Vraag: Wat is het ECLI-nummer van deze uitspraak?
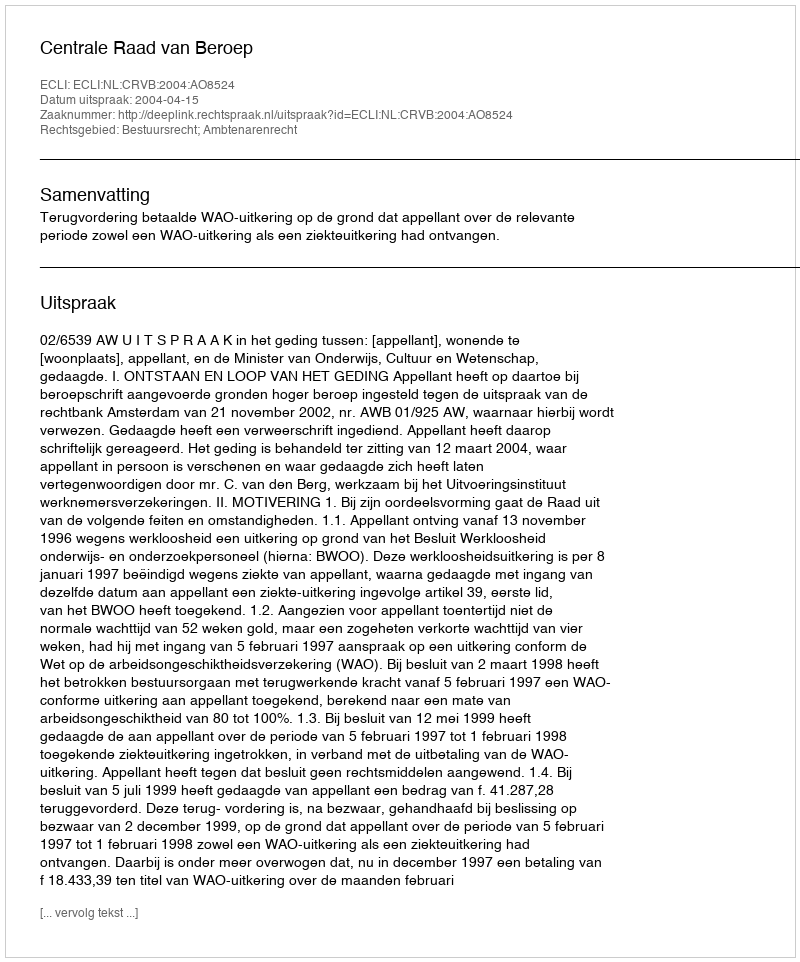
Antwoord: ECLI:NL:CRVB:2004:AO8524